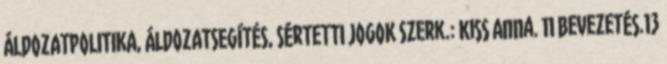
ÁLDOZATPOLITIKA, ÁLDOZATSEGÍTÉS, SÉRTETTI JOGOK Szerk.: Kiss Anna. 11 Bevezetés.13